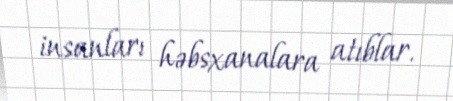
insanları həbsxanalara atıblar.